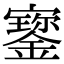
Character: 𡫷